Document type: Oath
Year: 1405
Scribe: Guillem de Lledó
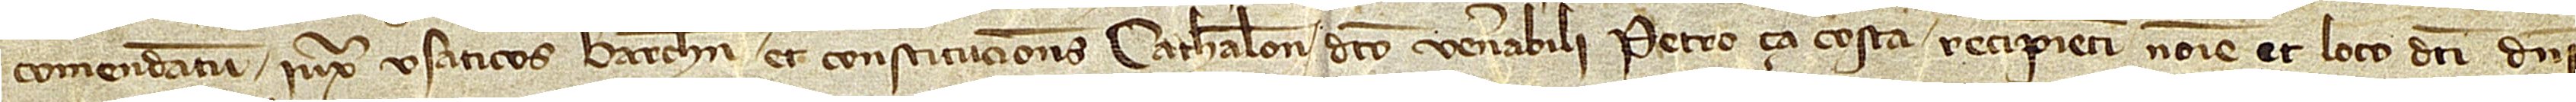
comendatum iuxta Usaticos Barchinone et Constituciones Cathalonie dicto venerabili Petro ça Costa, recipienti nomine et loco dicti domini